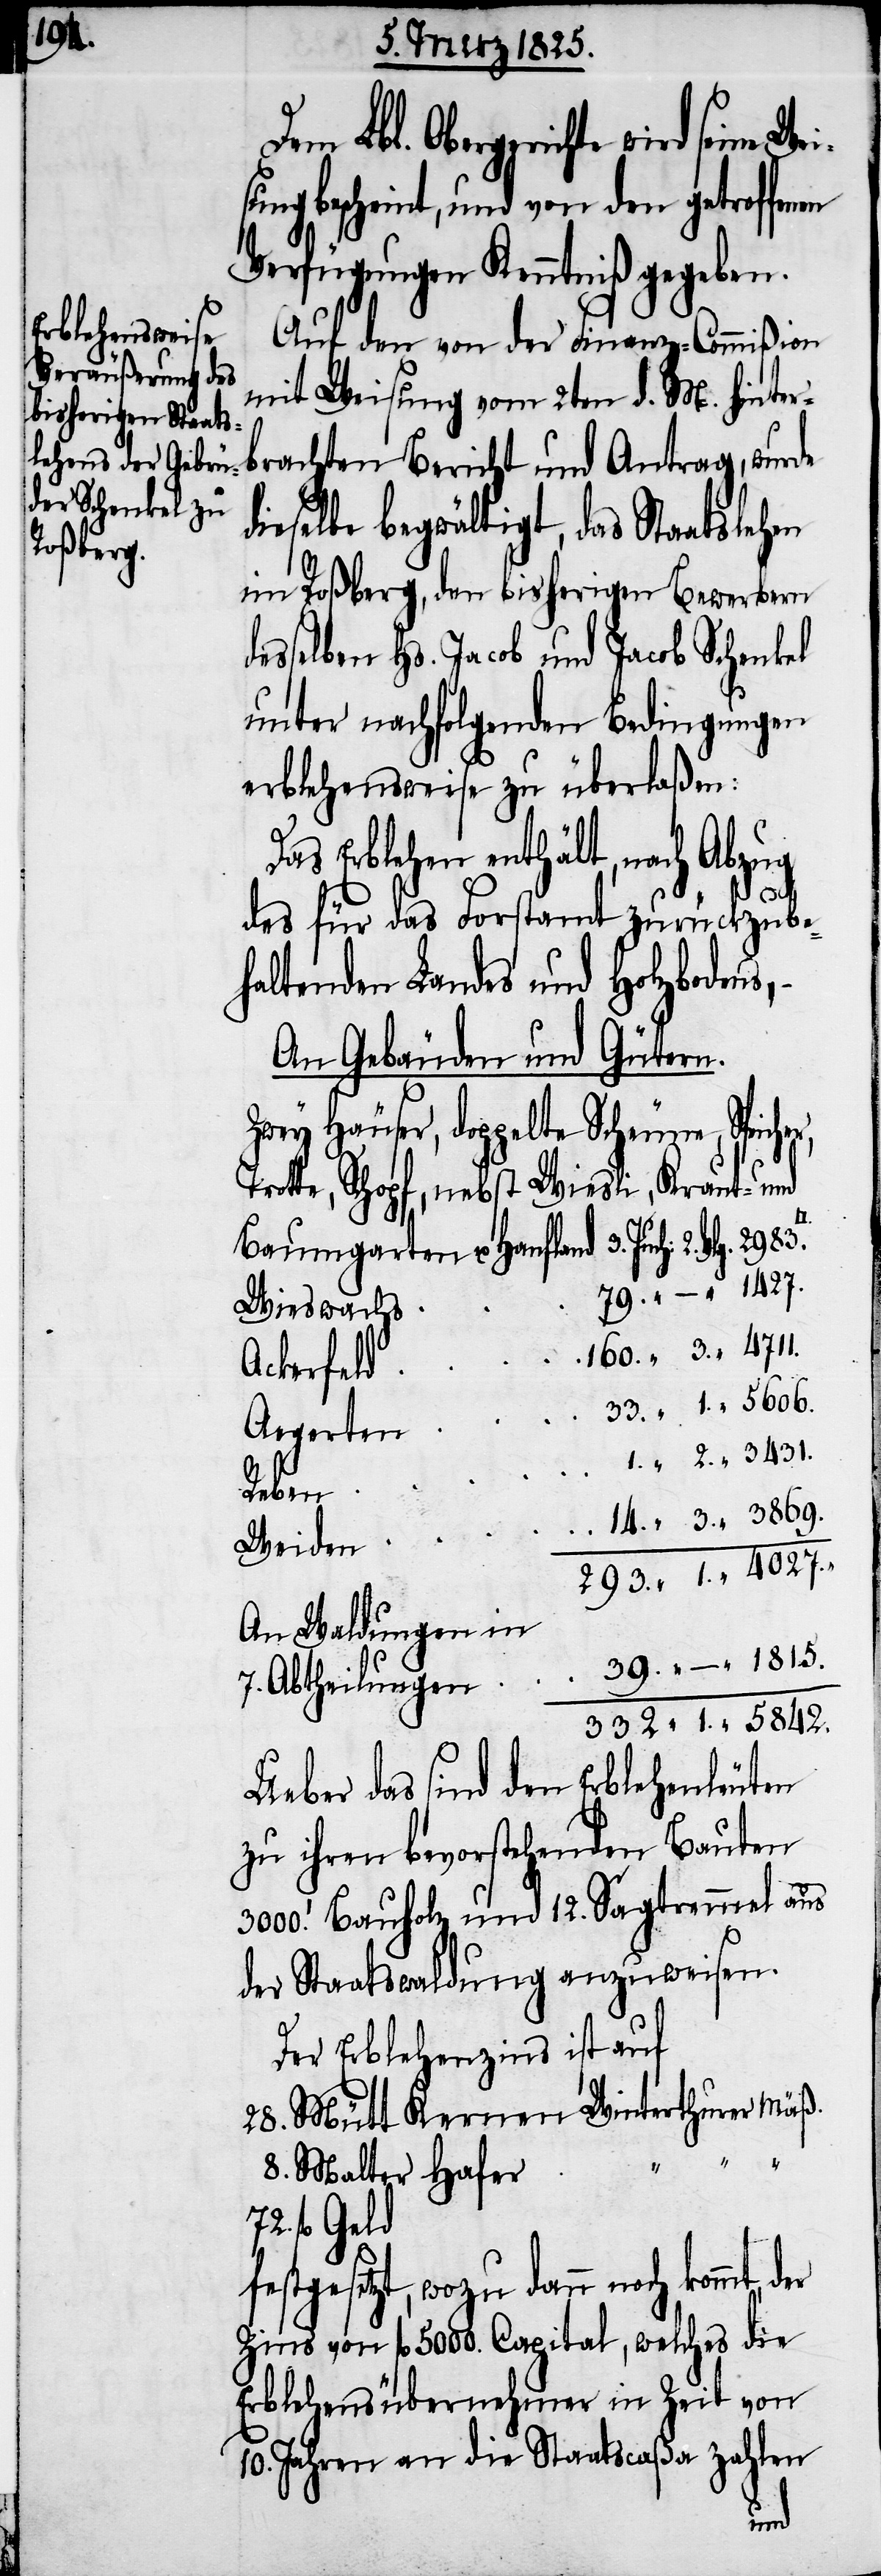
1815.

Dem Lbl. Obergerichte wird se¬
sung bescheint, und von den getroffen¬
Verfügungen Kenntniß gegeben.
Auf den von der Finanz-Commißion
mit Weisung vom 2ten d. M. hinter¬
brachten Bericht und Antrag, wurde
eselbe begwältigt, das Staatsleh¬
im Roßberg, den bisherigen Bewerbern
desselben Hs. Jacob und Jacob Schenkel
unter nachfolgenden Bedingungen
erblehensweise zu überlaßen:
Das Erblehen enthält, nach Abzug
des für das Forstamt zurückzube¬
haltenden Landes und Holzbodens,
An Gebäuden und Gütern.
Zwey Häuser, doppelte Scheune, Spich¬
Trotte, Schopf, nebst Wiesli, Kraut- und
Wieswachs
Ackerfeld
Aegerten
Reben
Weiden
An Waldungen in
7. Abtheilungen
Ueber das sind den Erblehenleuten
zu ihren bevorstehenden Bauten
[Fuss] Bauholz und 12. Sagtremmet aus
der Staatswaldung anzuweisen.
Der Erblehenzins ist auf
28. Mütt Kernen Winterthurer Mäß.
8. Malter Hafer
72. fl Geld
festgesetzt, wozu dann noch kommt,
Zins von fl 5000. Capital, welches die
Erblehensübernehmer in Zeit von
10. Jahren an die Staatscaßa zahlen
Juch: